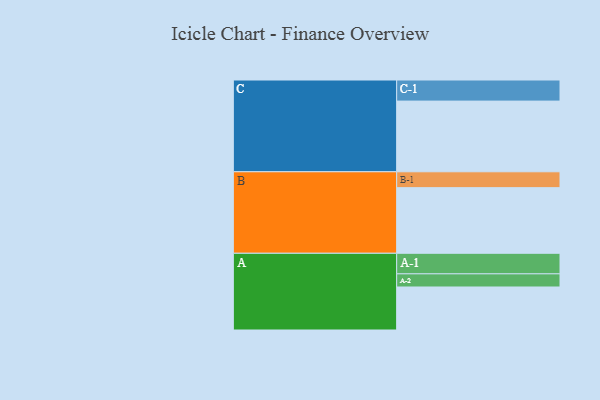
{"axis": {"x": "Segment", "y": "Value"}, "legend": ["", "A", "B", "C"], "data": [{"x": "A", "y": 314, "type": ""}, {"x": "B", "y": 479, "type": ""}, {"x": "C", "y": 516, "type": ""}, {"x": "A-1", "y": 150, "type": "A"}, {"x": "A-2", "y": 96, "type": "A"}, {"x": "B-1", "y": 116, "type": "B"}, {"x": "C-1", "y": 154, "type": "C"}]}